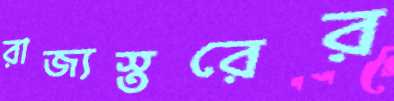
রাজ্যস্তরের